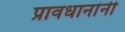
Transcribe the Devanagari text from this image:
प्रावधानांनी